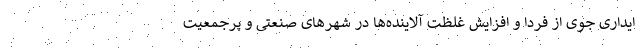
ایداری جوی از فردا و افزایش غلظت آلاینده‌ها در شهرهای صنعتی و پرجمعیت